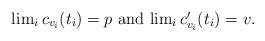
LaTeX: \begin{align*} \mbox{ $\lim_i c_{v_i}(t_i) = p$ and $\lim_i c'_{v_i}(t_i)=v$.}\end{align*}